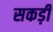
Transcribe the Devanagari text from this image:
सकड़ी